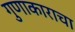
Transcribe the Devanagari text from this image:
गुणाकाराचा